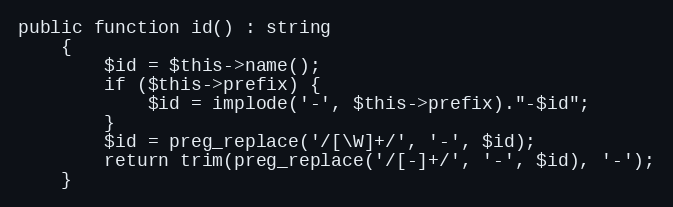
Language: PHP
public function id() : string
    {
        $id = $this->name();
        if ($this->prefix) {
            $id = implode('-', $this->prefix)."-$id";
        }
        $id = preg_replace('/[\W]+/', '-', $id);
        return trim(preg_replace('/[-]+/', '-', $id), '-');
    }